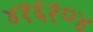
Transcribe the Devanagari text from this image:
४१६१०४